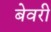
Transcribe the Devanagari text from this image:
बेवरी